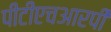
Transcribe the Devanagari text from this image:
पीटीएचआरपी